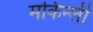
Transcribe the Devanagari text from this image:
मकिन्ली